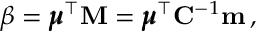
\beta = \pmb { \mu } ^ { \top } \mathbf { M } = \pmb { \mu } ^ { \top } \mathbf { C } ^ { - 1 } \mathbf { m } \, ,